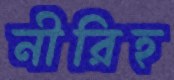
নীরিহ